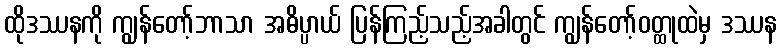
ထိုဒဿနကို ကျွန်တော့်ဘာသာ အဓိပ္ပာယ် ပြန်ကြည့်သည့်အခါတွင် ကျွန်တော့်ဝတ္ထုထဲမှ ဒဿန